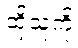
ထိုသူကို